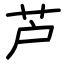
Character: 芦